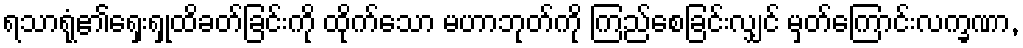
ရသာရုံ၏ရှေးရှုထိခတ်ခြင်းကို ထိုက်သော မဟာဘုတ်ကို ကြည်စေခြင်းလျှင် မှတ်ကြောင်းလက္ခဏာ,